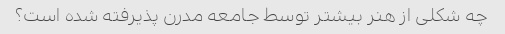
چه شکلی از هنر بیشتر توسط جامعه مدرن پذیرفته شده است؟